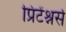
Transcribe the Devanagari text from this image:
प्रिटेंश्नर्स